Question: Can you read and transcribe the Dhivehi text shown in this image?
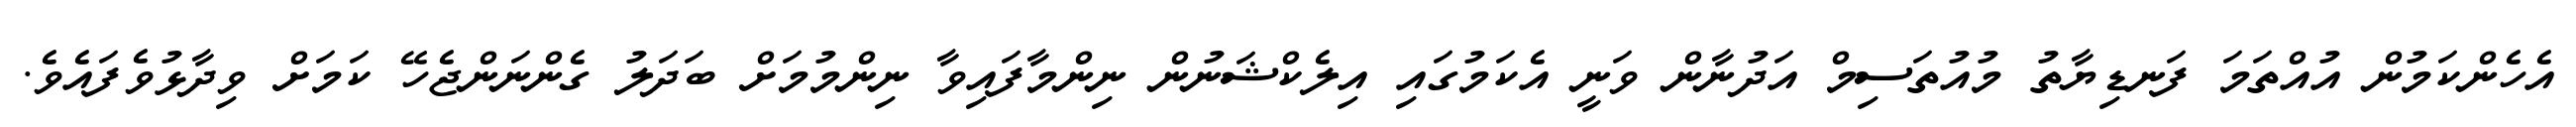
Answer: އެހެންކަމުން އުއްތަމަ ފަނޑިޔާތު މުއުތަސިމް އަދުނާން ވަނީ އެކަމުގައި އިލެކްޝަނުން ނިންމާފައިވާ ނިންމުމަށް ބަދަލު ގެންނަންޖެހޭ ކަމަށް ވިދާޅުވެފައެވެ.